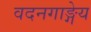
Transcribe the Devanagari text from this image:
वदनगाङ्गेय